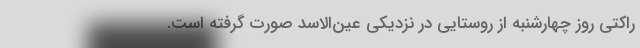
راکتی روز چهارشنبه از روستایی در نزدیکی عین‌الاسد صورت گرفته است.